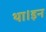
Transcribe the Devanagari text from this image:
था।इन